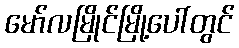
မော်လမြိုင်မြို့ပေါ်တွင်